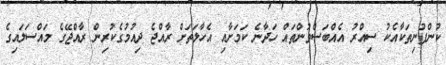
ކުންފުނިތަކާއެކު ސިއްރު އެއްބަސްވުންތައް ހަދާނެ ކަމަށާއި އެހާލަތަށް ރާއްޖެ ދިއުމުގެކުރިން ރާއްޖޭގެ މައްސަލައިގެ